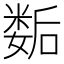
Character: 𡢐